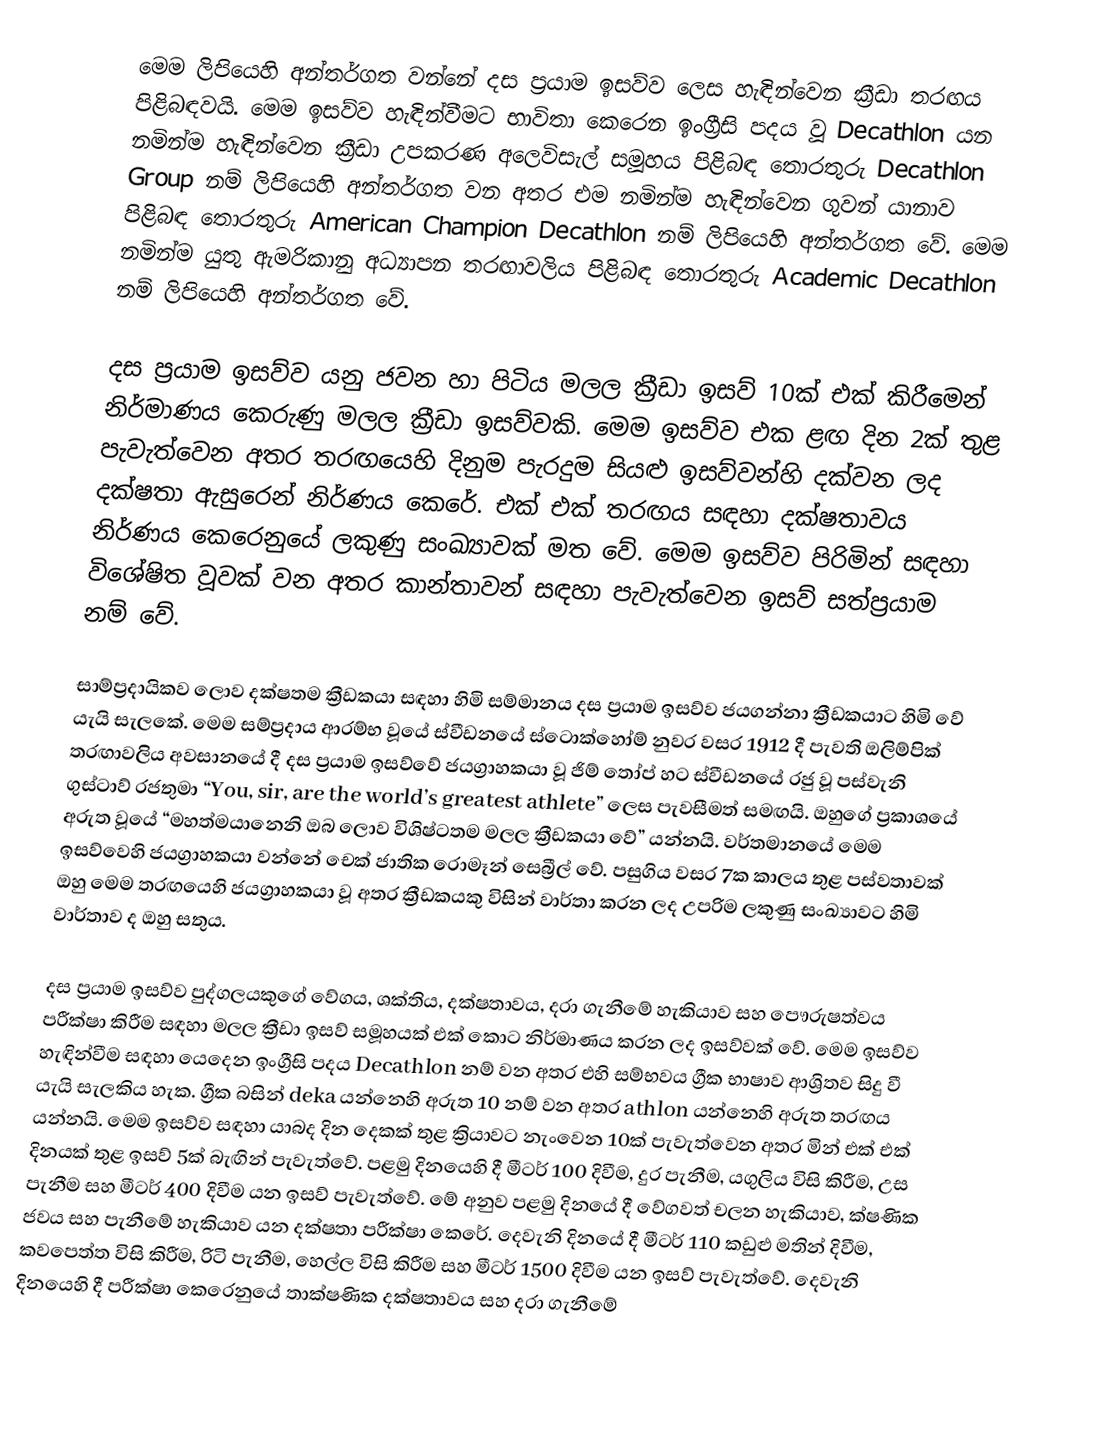
මෙම ලිපියෙහි අන්තර්ගත වන්නේ දස ප්‍රයාම ඉසව්ව ලෙස හැඳින්වෙන ක්‍රීඩා තරඟය පිළිබඳවයි. මෙම ඉසව්ව හැඳින්වීමට භාවිතා කෙරෙන ඉංග්‍රීසි පදය වූ ‍Decathlon යන නමින්ම හැඳින්වෙන ක්‍රීඩා උපකරණ අලෙවිසැල් සමූහය පිළිබඳ තොරතුරු Decathlon Group නම් ලිපියෙහි අන්තර්ගත වන අතර එම නමින්ම හැඳින්වෙන ගුවන් යානාව පිළිබඳ තොරතුරු American Champion Decathlon නම් ලිපියෙහි අන්තර්ගත වේ. මෙම නමින්ම යුතු ඇමරිකානු අධ්‍යාපන තරඟාවලිය පිළිබඳ තොරතුරු Academic Decathlon නම් ලිපියෙහි අන්තර්ගත වේ.

දස ප්‍රයාම ඉසව්ව යනු ජවන හා පිටිය මලල ක්‍රීඩා ඉසව් 10ක් එක් කිරීමෙන් නිර්මාණය කෙ‍රුණු මලල ක්‍රීඩා ඉසව්වකි. මෙම ඉසව්ව එක ළඟ දින 2ක් තුළ පැවැත්වෙන අතර තරඟයෙහි දිනුම පැරදුම සියළු ඉසව්වන්හි දක්වන ලද දක්ෂතා ඇසුරෙන් නිර්ණය කෙරේ. එක් එක් තරඟය සඳහා දක්ෂතාවය නිර්ණය කෙරෙනුයේ ලකුණු සංඛ්‍යාවක් මත වේ. මෙම ඉසව්ව පිරිමින් සඳහා විශේෂිත වූවක් වන අතර කාන්තාවන් සඳහා පැවැත්වෙන ඉසව් සත්ප්‍රයාම නම් වේ.

සාම්ප්‍රදායිකව ලොව දක්ෂතම ක්‍රීඩකයා සඳහා හිමි සම්මානය දස ප්‍රයාම ඉසව්ව ජයගන්නා ක්‍රීඩකයාට හිමි වේ යැයි සැලකේ. මෙම සම්ප්‍රදාය ආරම්භ වූයේ ස්වීඩනයේ ස්ටොක්හෝම් නුවර වසර 1912 දී පැවති ඔලිම්පික් තරඟාවලිය අවසානයේ දී දස ප්‍රයාම ඉසව්වේ ජයග්‍රාහකයා වූ ජිම් තෝප් හට ස්වීඩනයේ රජු වූ පස්වැනි ගුස්ටාව් රජතුමා “You, sir, are the world’s greatest athlete” ලෙස පැවසීමත් සමඟයි. ඔහුගේ ප්‍රකාශයේ අරුත වූයේ “මහත්මයානෙනි ඔබ ලොව විශිෂ්ටතම මලල ක්‍රීඩකයා වේ” යන්නයි. වර්තමානයේ මෙම ඉසව්වෙහි ජයග්‍රාහකයා වන්නේ චෙක් ජාතික රොමෑන් සෙබ්‍රීල් වේ. පසුගිය වසර 7ක කාලය තුළ පස්වතාවක් ඔහු මෙම තරඟයෙහි ජයග්‍රාහකයා වූ අතර ක්‍රීඩකයකු විසින් වාර්තා කරන ලද උපරිම ලකුණු සංඛ්‍යාවට හිමි වාර්තාව ද ඔහු සතුය.

දස ප්‍රයාම ඉසව්ව පුද්ගලයකුගේ වේගය, ශක්තිය, දක්ෂතාවය, දරා ගැනීමේ හැකියාව සහ පෞරුෂත්වය පරීක්ෂා කිරීම සඳහා මලල ක්‍රීඩා ඉසව් සමූහයක් එක් කොට නිර්මාණය කරන ලද ඉසව්වක් වේ. මෙම ඉසව්ව හැඳින්වීම සඳහා යෙදෙන ඉංග්‍රීසි පදය Decathlon නම් වන අතර එහි සම්භවය ග්‍රීක භාෂාව ආශ්‍රිතව සිදු වී යැයි සැලකිය හැක. ග්‍රීක බසින් deka යන්නෙහි අරුත 10 නම් වන අතර athlon යන්නෙහි අරුත තරඟය යන්නයි. මෙම ඉසව්ව සඳහා යාබද දින දෙකක් තුළ ක්‍රියාවට නැංවෙන 10ක් පැවැත්වෙන අතර මින් එක් එක් දිනයක් තුළ ඉසව් 5ක් බැඟින් පැවැත්වේ. පළමු දිනයෙහි දී මීටර් 100 දිවීම, දුර පැනීම, යගුලිය විසි කිරීම, උස පැනීම සහ මීටර් 400 දිවීම යන ඉසව් පැවැත්වේ. මේ අනුව පළමු දිනයේ දී වේගවත් චලන හැකියාව, ක්ෂණික ජවය සහ පැනීමේ හැකියාව යන දක්ෂතා පරීක්ෂා කෙරේ. දෙවැනි දිනයේ දී මීටර් 110 කඩුළු මතින් දිවීම, කවපෙත්ත විසි කිරීම, රිටි පැනීම, හෙල්ල විසි කිරීම සහ මීටර් 1500 දිවීම යන ඉසව් පැවැත්වේ. දෙවැනි දිනයෙහි දී පරීක්ෂා කෙරෙනුයේ තාක්ෂණික දක්ෂතාවය සහ දරා ගැනීමේ